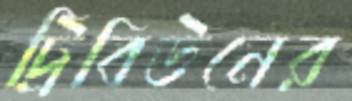
ট্রিবিউনের